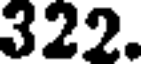
322.